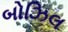
બોઝિલ